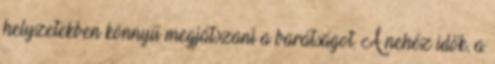
helyzetekben könnyű megjátszani a barátságot. A nehéz idők, a